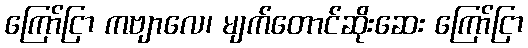
ကြော်ငြာ ကဗျာလေ၊ မျက်တောင်ဆိုးဆေး ကြော်ငြာ